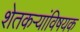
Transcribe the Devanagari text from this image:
शेतकर्‍यांविषयक